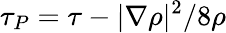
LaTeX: \tau_{P}=\tau-|\nabla\rho|^{2}/8\rho